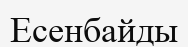
Есенбайды